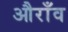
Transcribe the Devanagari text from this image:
औराँव